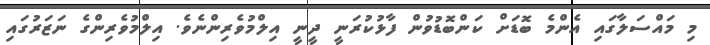
މި މައްސަލާގައި އެންްމެ ބޮޑަށް ކަންބޮޑުވުން ފާޅުކުރަނީ ދީނީ އިލްމުވެރިންނެވެ. އިލްމުވެރިންގެ ނަޒަރުގައި